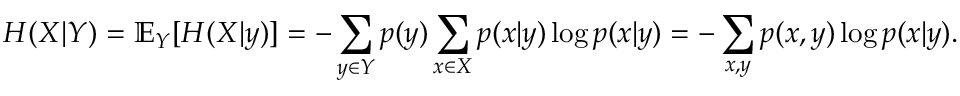
H ( X | Y ) = \mathbb { E } _ { Y } [ H ( X | y ) ] = - \sum _ { y \in Y } p ( y ) \sum _ { x \in X } p ( x | y ) \log p ( x | y ) = - \sum _ { x , y } p ( x , y ) \log p ( x | y ) .